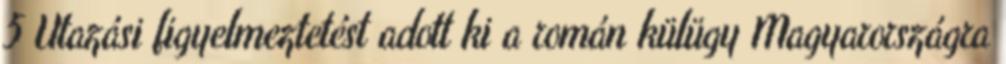
5 Utazási figyelmeztetést adott ki a román külügy Magyarországra